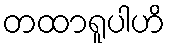
တထာရူပါဟိ